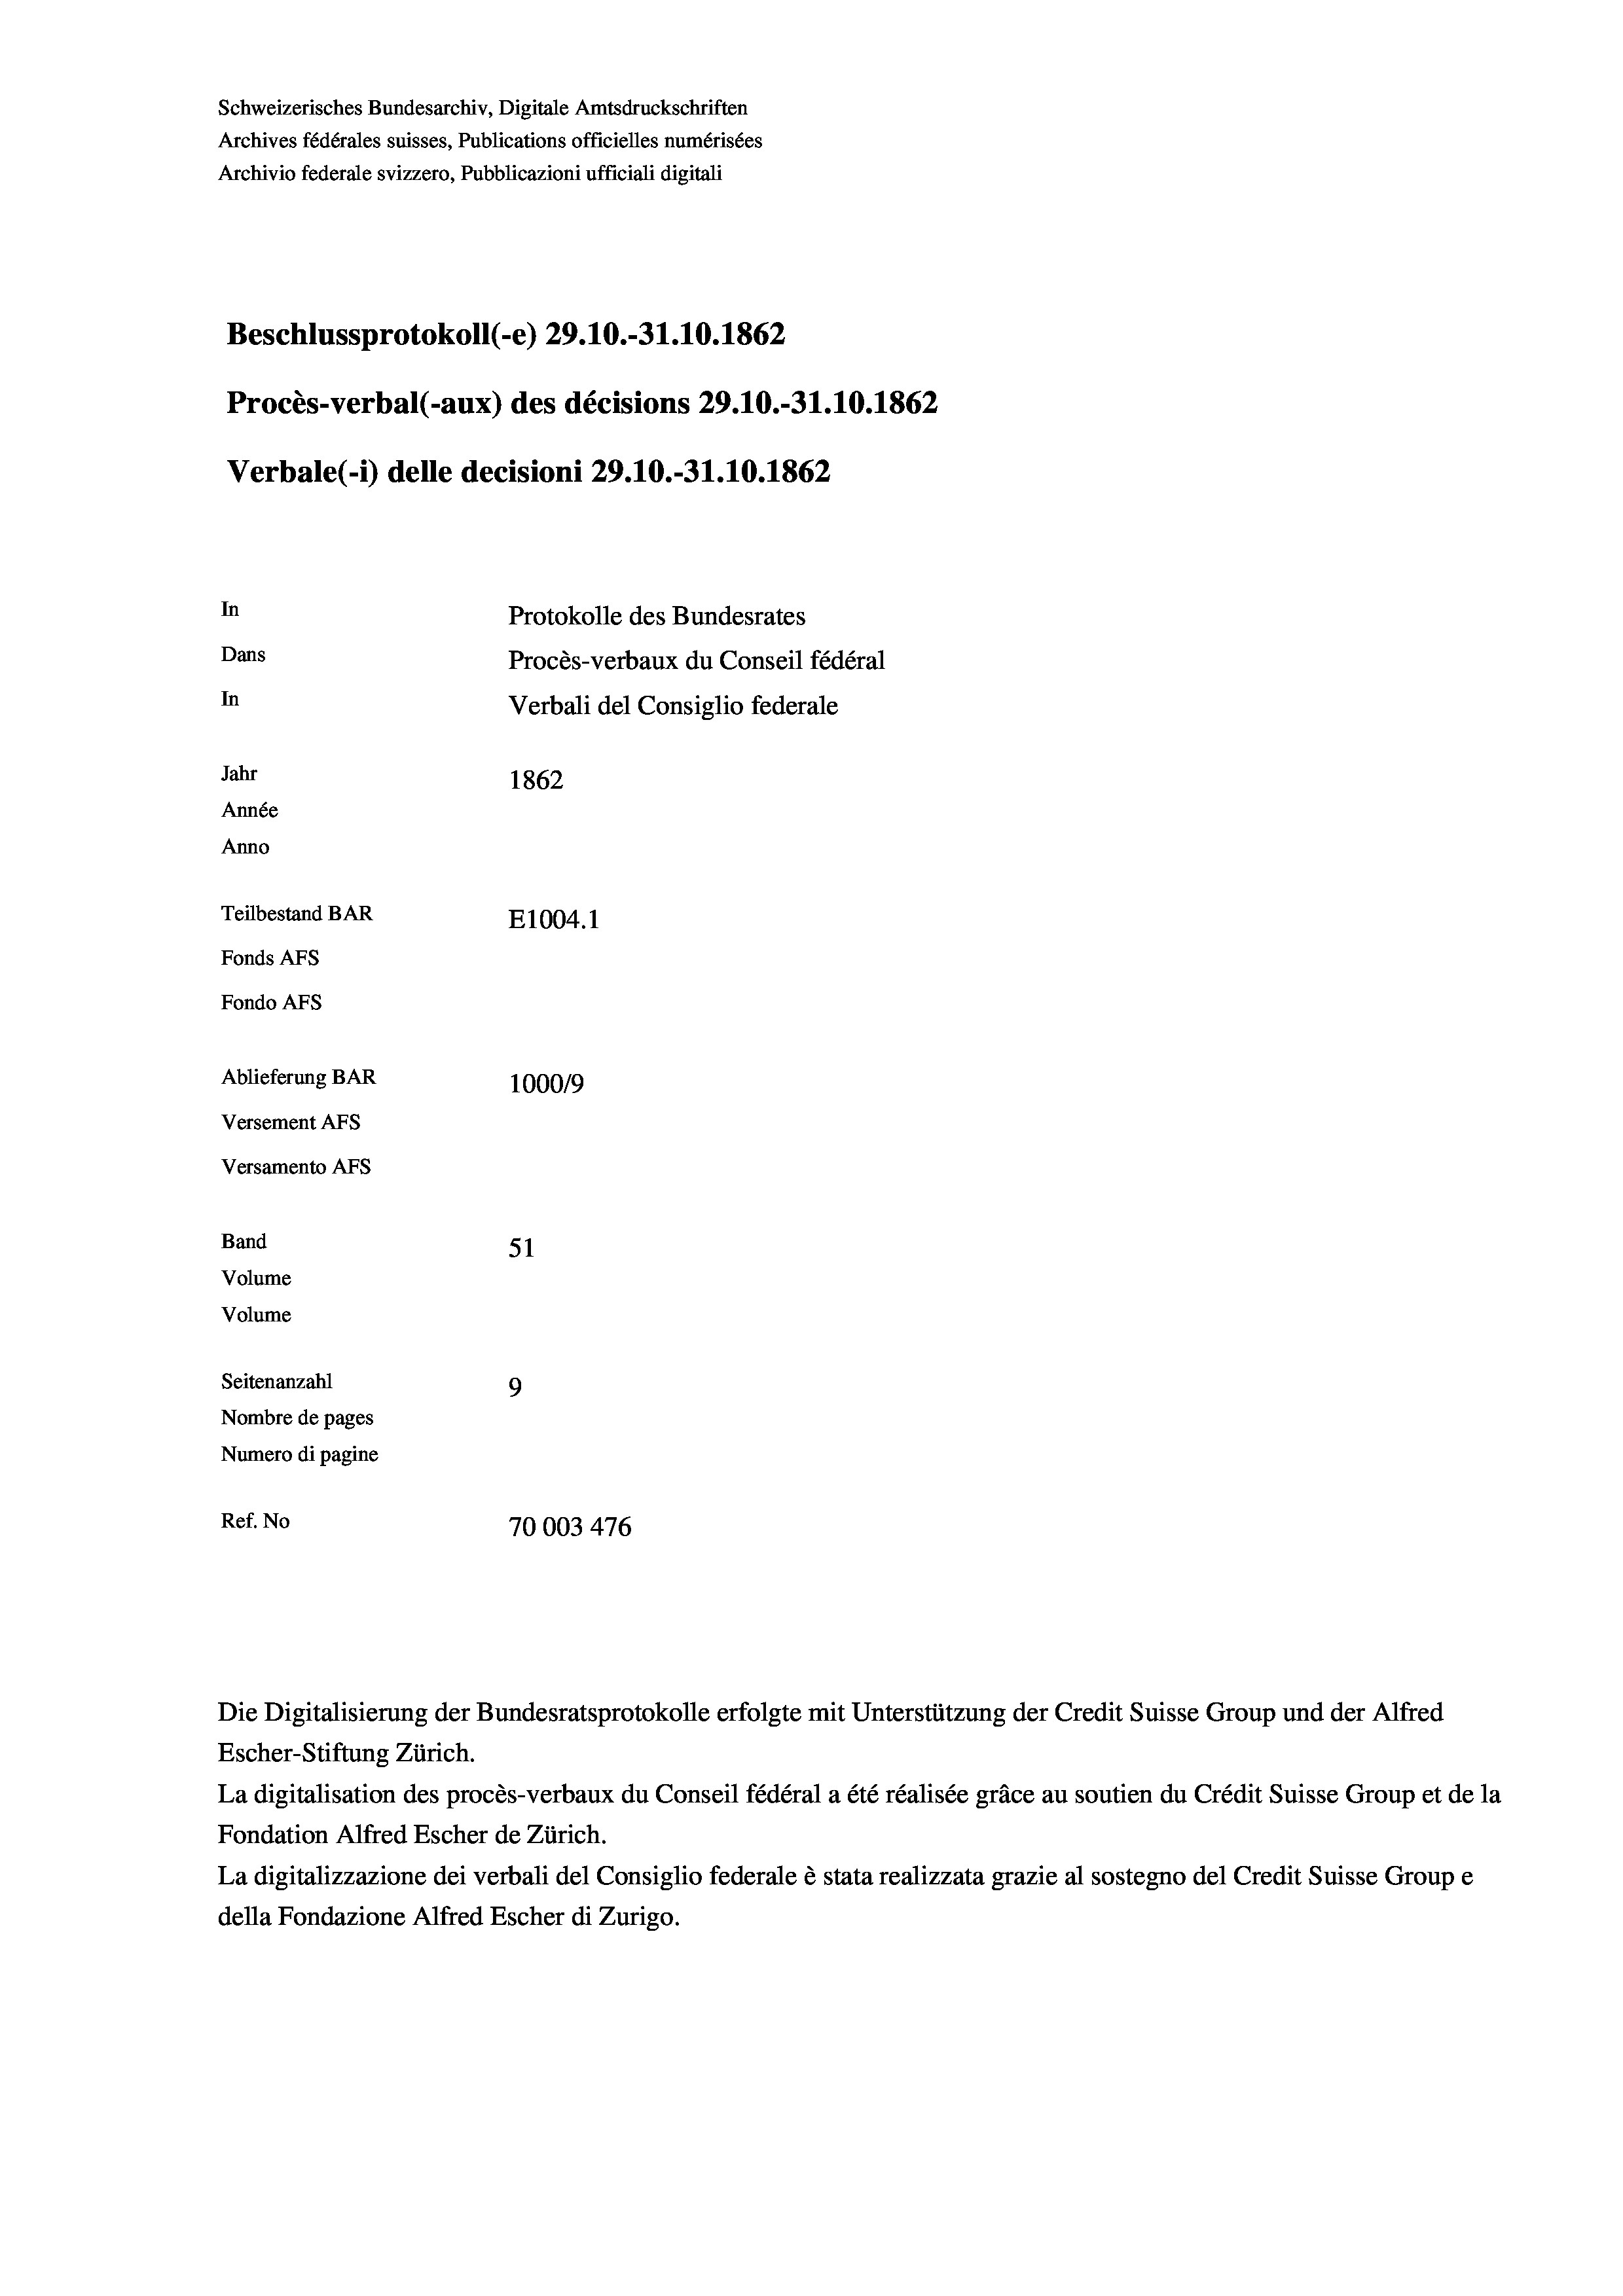
Schweizerisches Bundesarchiv, Digitale Amtsdruckschriften
Archives fédérales suisses, Publications officielles numérisées
Archivio federale svizzero, Pubblicazioni ufficiali digitali
Beschlussprotokoll (-e) 29.10.-31.10. 1862
Procès-verbal (-aux) des décisions 29.10.-31.10.1862
Verbale (1) delle decisioni 29.10.-31.10.1862
In
Protokolle des Bundesrates
Dans
Procès-verbaux du Conseil fédéral
In
Verbali del Consiglio federale
Jahr
1862
Année
Anno
Teilbestand BAR
E1004. 1
Fonds AFs
Fondo AFs
Ablieferung BAR
100019
Versement As
Versamento AFs
Band
51
Volume
Volume
Seitenanzahl
9

Nombre de pages
Numero di pagine
Ref. No
70003 476

La digitalisation des procès-verbaux du Conseil fédéral a été réalisée gräce au soutien du Crédit Suisse Group et de la
Fondation Alfred Escher de Zürich.
La digitalizzazione dei verbali del Consiglio federale è stata realizzata grazie al sostegno del Credit Suisse Groupe
della Fondazione Alfred Escher di Zurigo.

Die Digitalisierung der Bundesratsprotokolle erfolgte mit Unterstützung der Credit Suisse Group und der Alfred
Escher-Stiftung Zürich.